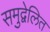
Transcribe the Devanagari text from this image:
समुद्वेलित